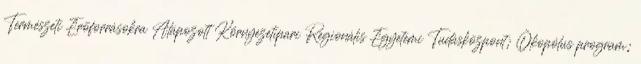
Természeti Erõforrásokra Alapozott Környezetipari Regionális Egyetemi Tudásközpont; Ökopólus program;